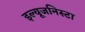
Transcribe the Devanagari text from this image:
इल्‍यूजनिस्‍टा